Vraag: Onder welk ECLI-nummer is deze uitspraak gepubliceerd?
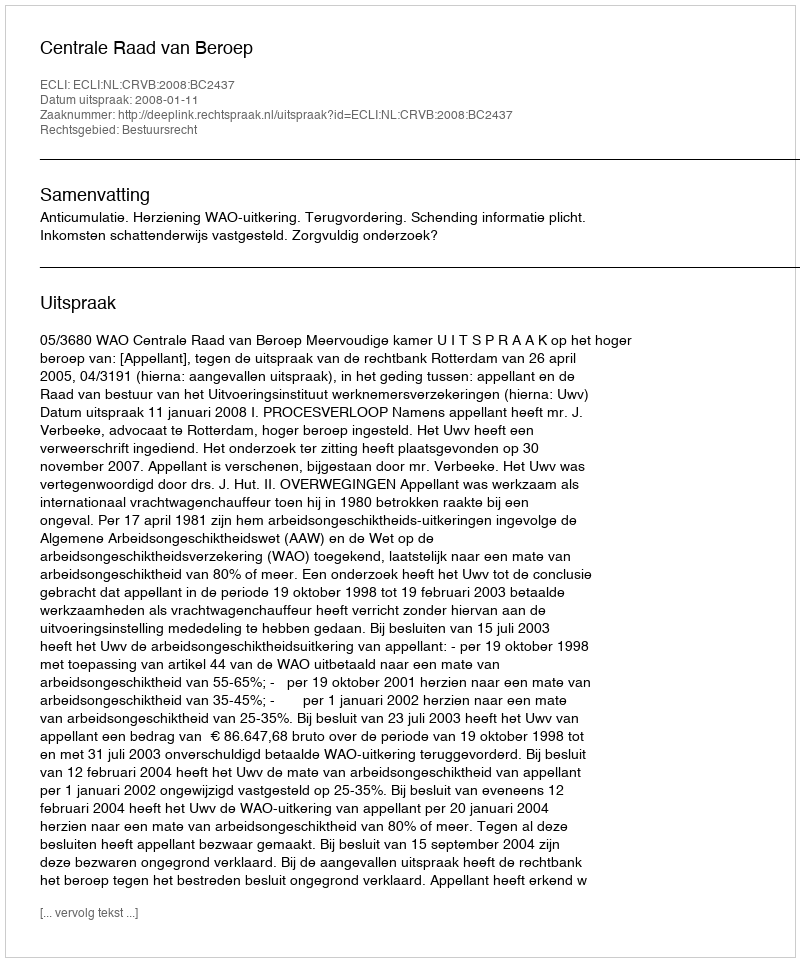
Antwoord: ECLI:NL:CRVB:2008:BC2437